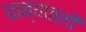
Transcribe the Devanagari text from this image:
धान्यांतली